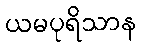
ယမပုရိသာန